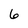
Character: 6